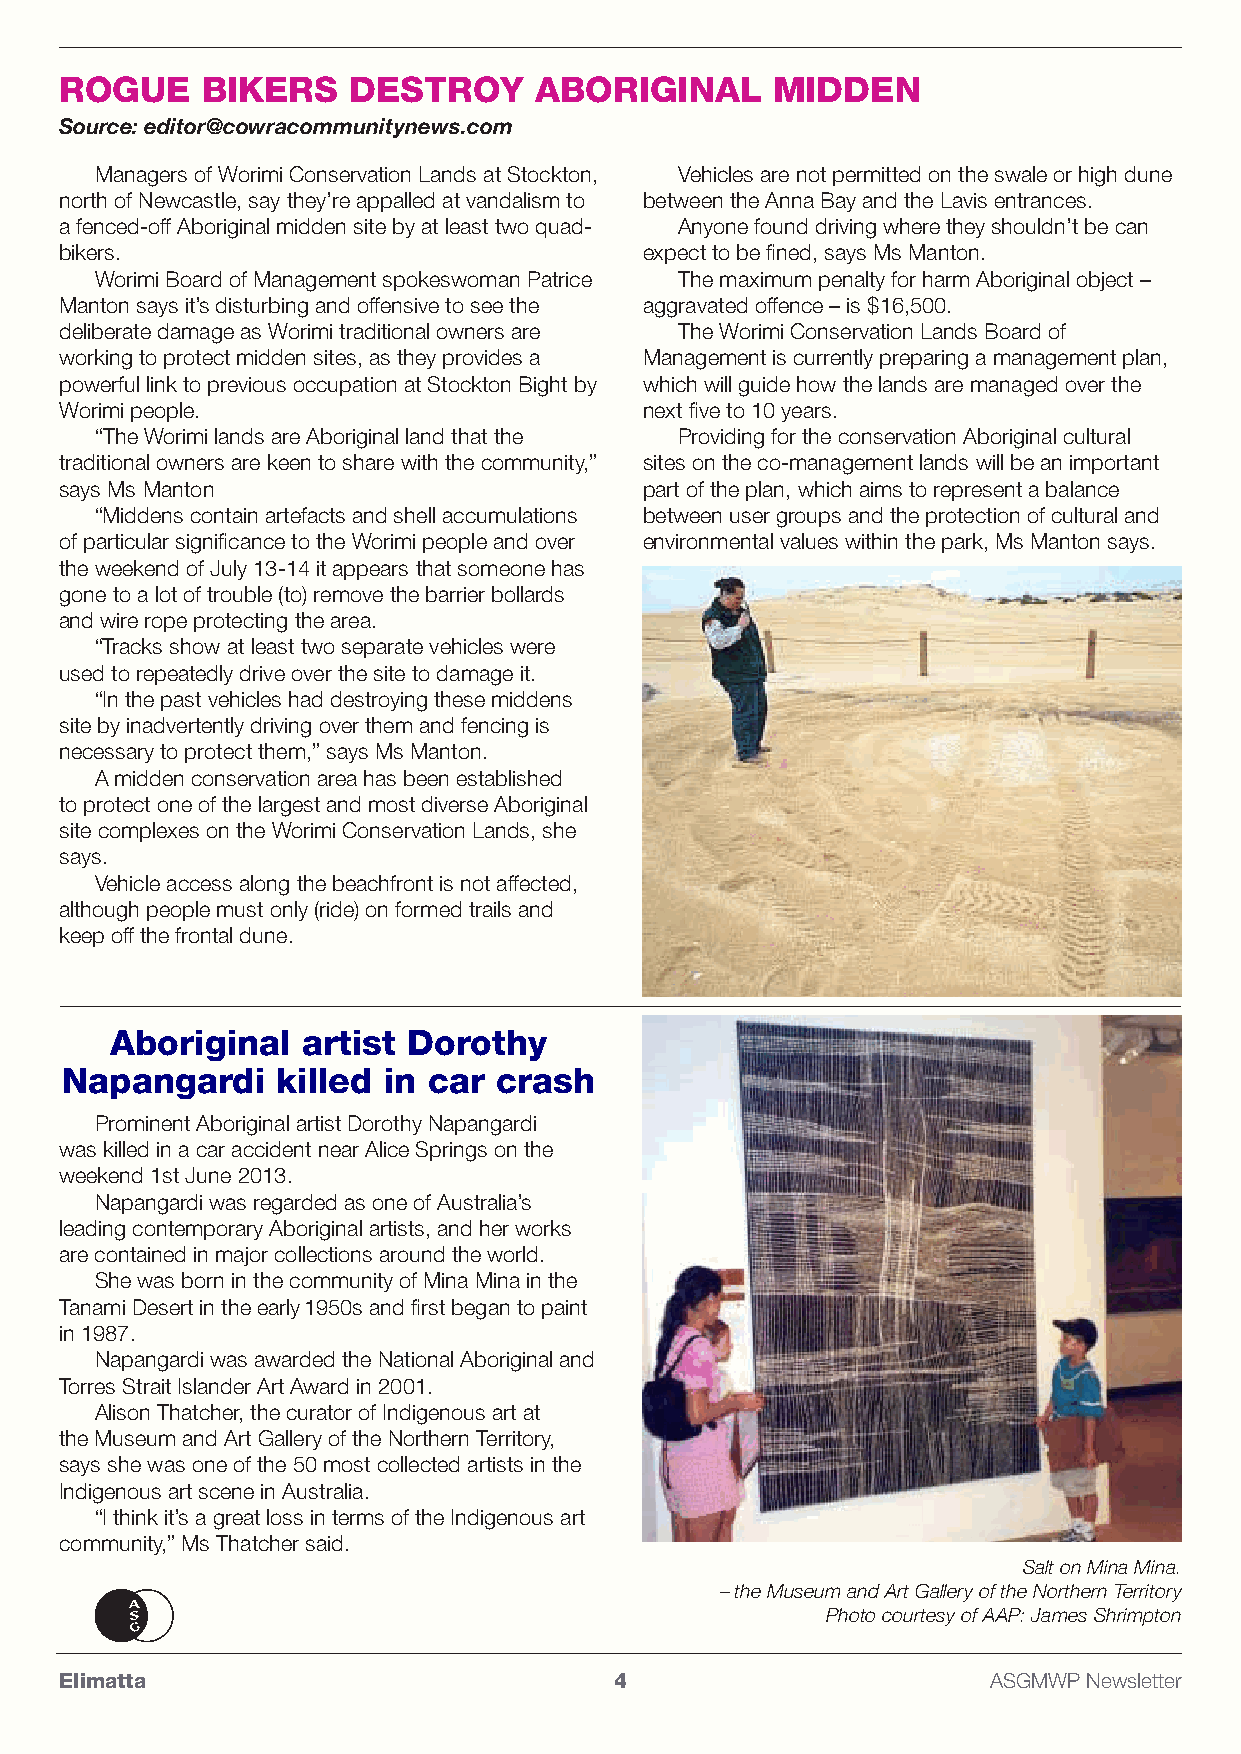
RoGuE    BiKERS    dESTRoy     ABoRiGiNAL      MiddEN
 Source: editor@cowracommunitynews.com
 Managers of Worimi Conservation Lands at Stockton, Vehicles are not permitted on the swale or high dune
 north of Newcastle, say they’re appalled at vandalism to between the Anna Bay and the Lavis entrances.
 a fenced-off Aboriginal midden site by at least two quad- Anyone found driving where they shouldn’t be can
 bikers.                                expect to be fined, says Ms Manton.
 Worimi Board of Management spokeswoman Patrice The maximum penalty for harm Aboriginal object –
 Manton says it’s disturbing and offensive to see the aggravated offence – is $16,500.
 deliberate damage as Worimi traditional owners are The Worimi Conservation Lands Board of
 working to protect midden sites, as they provides a Management is currently preparing a management plan,
 powerful link to previous occupation at Stockton Bight by which will guide how the lands are managed over the
 Worimi people.                         next five to 10 years.
 “The Worimi lands are Aboriginal land that the Providing for the conservation Aboriginal cultural
 traditional owners are keen to share with the community,” sites on the co-management lands will be an important
 says Ms Manton                         part of the plan, which aims to represent a balance
 “Middens contain artefacts and shell accumulations between user groups and the protection of cultural and
 of particular significance to the Worimi people and over environmental values within the park, Ms Manton says.
 the weekend of July 13-14 it appears that someone has
 gone to a lot of trouble (to) remove the barrier bollards
 and wire rope protecting the area.
 “Tracks show at least two separate vehicles were
 used to repeatedly drive over the site to damage it.
 “In the past vehicles had destroying these middens
 site by inadvertently driving over them and fencing is
 necessary to protect them,” says Ms Manton.
 A midden conservation area has been established
 to protect one of the largest and most diverse Aboriginal
 site complexes on the Worimi Conservation Lands, she
 says.
 Vehicle access along the beachfront is not affected,
 although people must only (ride) on formed trails and
 keep off the frontal dune.
 Aboriginal   artist dorothy
 Napangardi    killed in car  crash
 Prominent Aboriginal artist Dorothy Napangardi
 was killed in a car accident near Alice Springs on the
 weekend 1st June 2013.
 Napangardi was regarded as one of Australia’s
 leading contemporary Aboriginal artists, and her works
 are contained in major collections around the world.
 She was born in the community of Mina Mina in the
 Tanami Desert in the early 1950s and first began to paint
 in 1987.
 Napangardi was awarded the National Aboriginal and
 Torres Strait Islander Art Award in 2001.
 Alison Thatcher, the curator of Indigenous art at
 the Museum and Art Gallery of the Northern Territory,
 says she was one of the 50 most collected artists in the
 Indigenous art scene in Australia.
 “I think it’s a great loss in terms of the Indigenous art
 community,” Ms Thatcher said.
 Salt on Mina Mina.
 – the Museum and Art Gallery of the Northern Territory
 Photo courtesy of AAP: James Shrimpton
 Elimatta                             4                       ASGMWP Newsletter